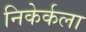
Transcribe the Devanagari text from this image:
निकेर्कला